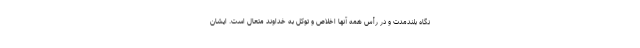
نگاه بلندمدت و در رأس همه آنها اخلاص و توکل به خداوند متعال است. ایشان